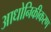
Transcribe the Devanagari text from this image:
आधोनिकीकरण